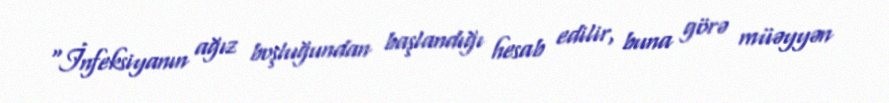
“İnfeksiyanın ağız boşluğundan başlandığı hesab edilir, buna görə müəyyən